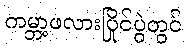
ကမ္ဘာ့ဖလားပြိုင်ပွဲတွင်